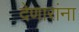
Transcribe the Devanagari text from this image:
देणारांना